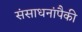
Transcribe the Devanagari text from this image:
संसाधनांपैकी